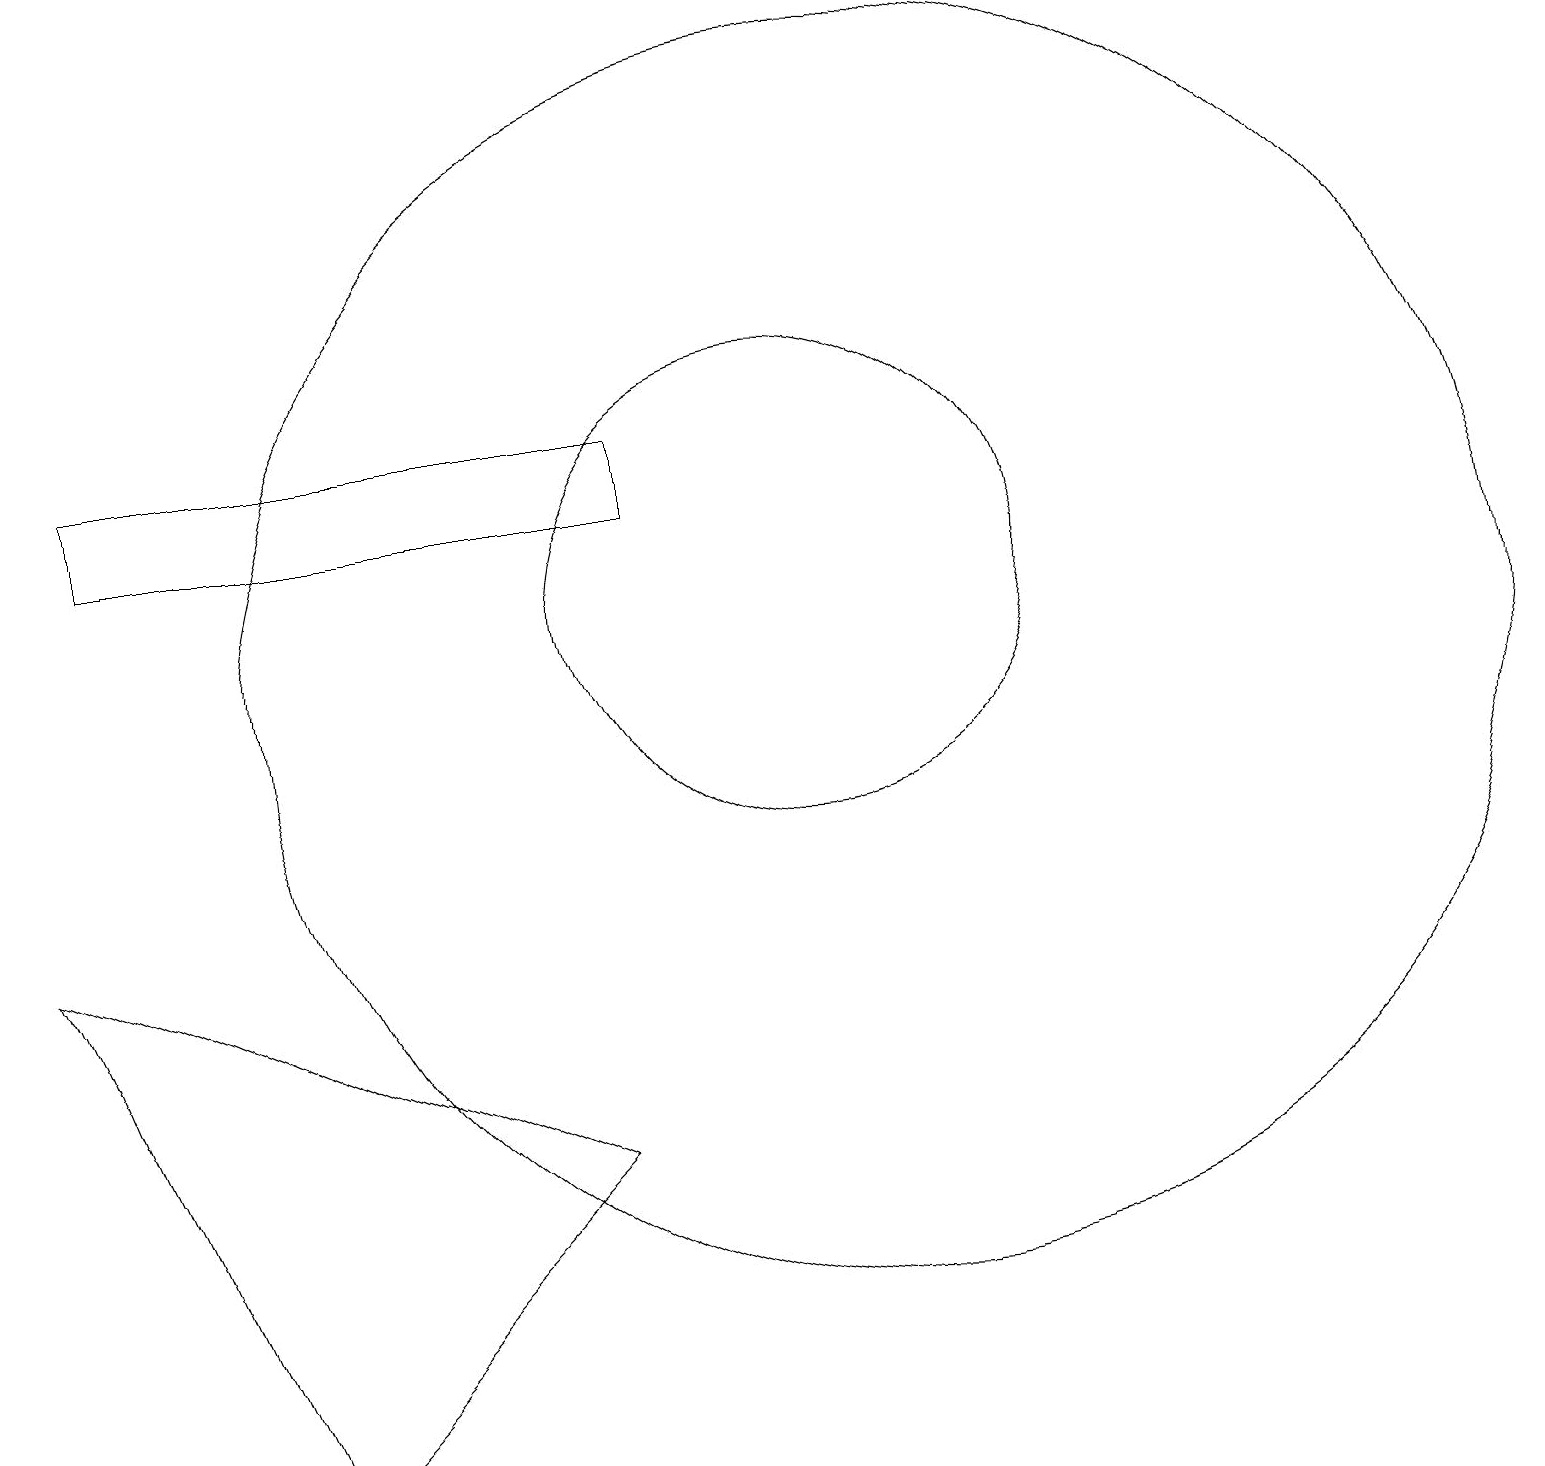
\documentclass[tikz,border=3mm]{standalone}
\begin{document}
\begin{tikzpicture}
\draw (11,10) circle (8);
\draw (1,12) rectangle (8,13);
\draw (3,0) -- (0,7) -- (7,4) -- cycle;
\draw (10,11) circle (3);
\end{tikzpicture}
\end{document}